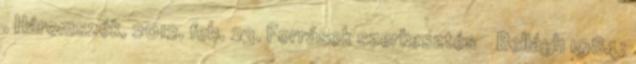
. Háromszék, 2012. feb. 23. Források szerkesztés ↑ Bellágh 1984: